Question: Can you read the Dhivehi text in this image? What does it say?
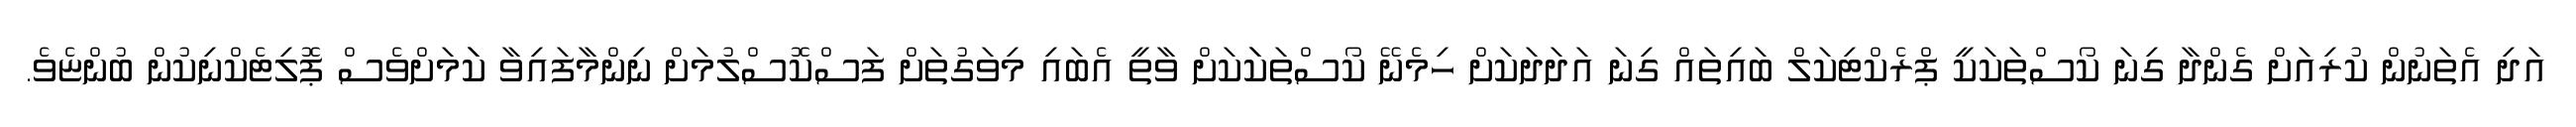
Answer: އަދި އެތަނުން ކުރިއަށް ގެންދާ ގިނަ ކޯސްތަކަކީ ޕްރެކްޓިކަލް ބައިތައް ގިނަ އަދަދަކަށް ހިމެނޭ ކޯސްތަކަަކަށް ވާތީ އެބައި މިވަގުތަށް ފަސްކޮސްލުމަށް ނިންމާފައިވާ ކަަމަށްވެސް ޕޮލިޓެކްނިކުން ބުންޏެވެ.